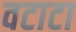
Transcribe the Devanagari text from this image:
वटाटा